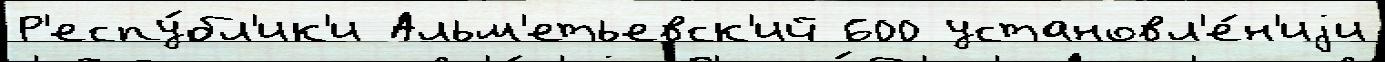
Р'еспу́бл'ик'и Альм'етьевск'ий 600 установл'е́н'иjи